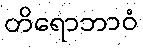
တိရောဘာဝံ